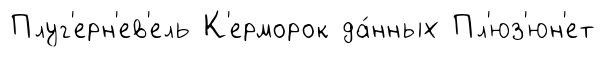
Плуг'ерн'ев'ель К'ерморок да́нных Пл'юз'юн'ет